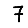
Digit: 7